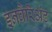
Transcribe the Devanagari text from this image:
इनवैरिअंट